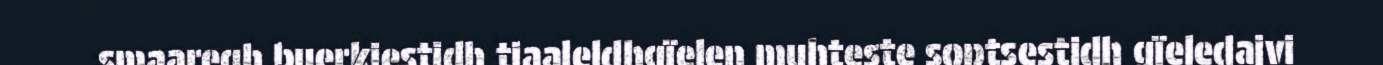
smaaregh buerkiestidh tjaaleldhgïelen muhteste soptsestidh gïeledajvi